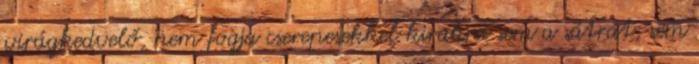
virágkedvelő, nem fogja cserepesekkel kirakni sem a sátrát, sem